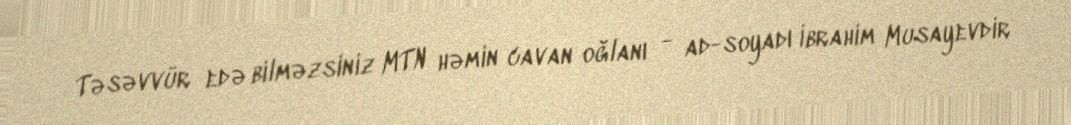
Təsəvvür edə bilməzsiniz MTN həmin cavan oğlanı - ad-soyadı İbrahim Musayevdir